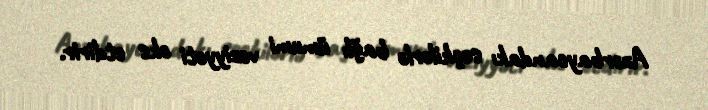
Azərbaycandakı seçkilərlə bağlı ümumi vəziyyəti əks etdirir.